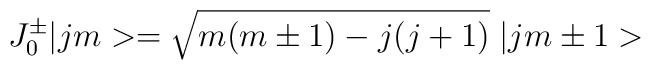
J^{\pm}_0|jm>=\sqrt{m(m\pm 1)-j(j+1)}\;|jm\pm 1>